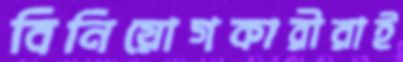
বিনিয়োগকারীরাই